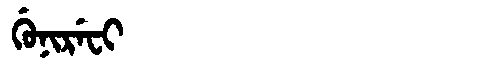
Manchu: ᡤᡠᠨᡳᡵᡝᠸᡳ
Romanization: GUNIREFI